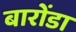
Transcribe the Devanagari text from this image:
बारोंडा